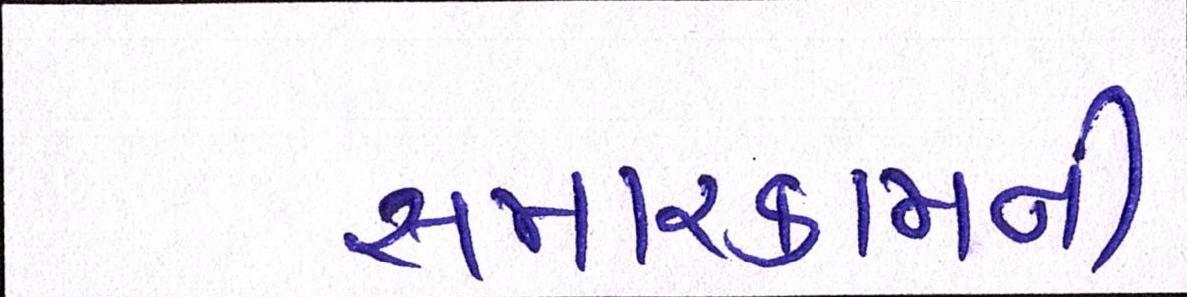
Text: સમારકામની